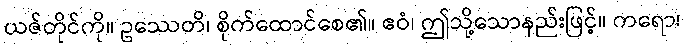
ယဇ်တိုင်ကို။ ဥဿေတိ၊ စိုက်ထောင်စေ၏။ ဧဝံ၊ ဤသို့သောနည်းဖြင့်။ ကရော၊